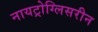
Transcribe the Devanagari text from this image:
नायट्रोग्लिसरीन